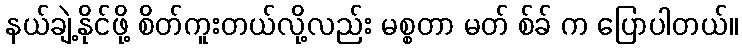
နယ်ချဲ့နိုင်ဖို့ စိတ်ကူးတယ်လို့လည်း မစ္စတာ မတ် စ်ခ် က ပြောပါတယ်။